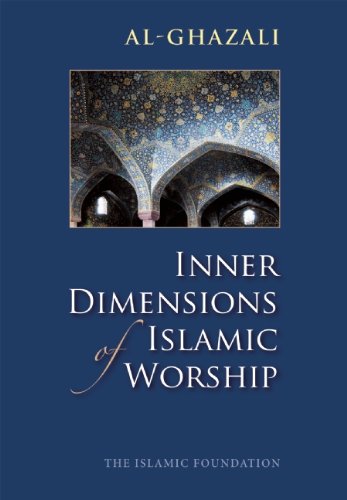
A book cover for Inner Dimensions of Islamic Worship; Al Ghazali; Religion & Spirituality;